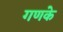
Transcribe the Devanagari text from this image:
गणके